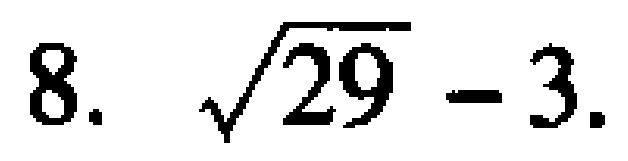
$8.\ \sqrt{29}-3.$